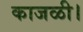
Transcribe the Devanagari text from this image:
काजळी।